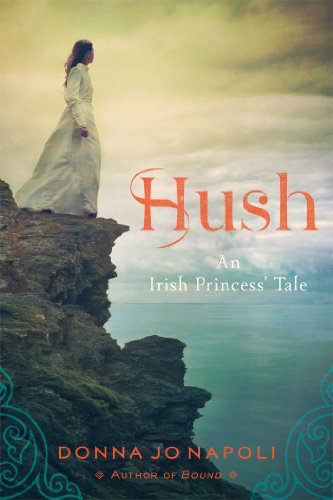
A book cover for Hush: An Irish Princess' Tale; Donna Jo Napoli; Children's Books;